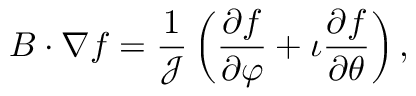
\boldsymbol { B } \cdot \nabla f = \frac { 1 } { \mathcal { J } } \left( \frac { \partial f } { \partial \varphi } + \iota \frac { \partial f } { \partial \theta } \right) ,